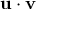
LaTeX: \mathbf { u } \cdot \mathbf { v }